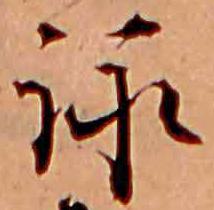
詠